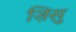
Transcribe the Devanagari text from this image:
ज़िसु